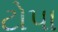
ટોપા